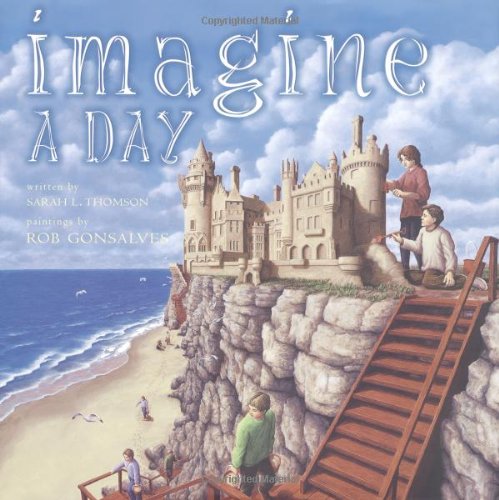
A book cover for Imagine a Day; Sarah L. Thomson; Children's Books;